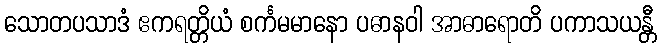
သောတပသာဒံ ဧကရတ္တိယံ စင်္ကမမာနော ပဓာနဝါ အာဓာရောတိ ပကာသယန္တီ